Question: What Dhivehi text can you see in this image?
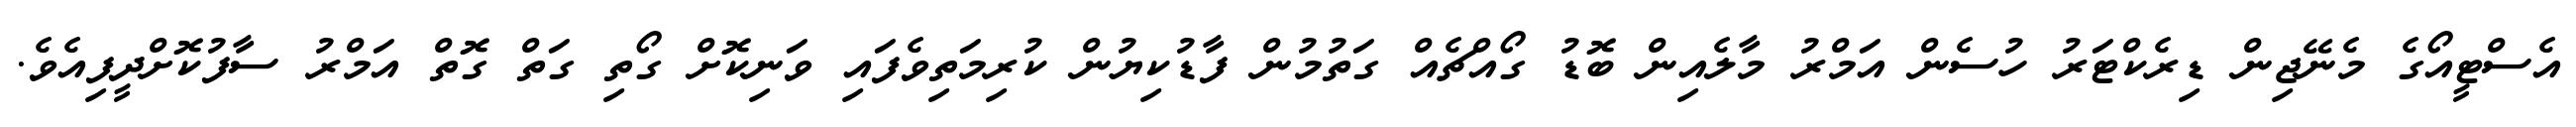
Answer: އެސްޓީއޯގެ މެނޭޖިން ޑިރެކްޓަރު ހުސެން އަމްރު މާލެއިން ބޮޑު ގޯއްޗެއް ގަތުމުން ފާޑުކިޔުން ކުރިމަތިވެފައި ވަނިކޮށް ގޯތި ގަތް ގޮތް އަމްރު ސާފުކޮށްދީފިއެވެ.